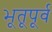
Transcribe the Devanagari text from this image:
भूतूपूर्व